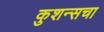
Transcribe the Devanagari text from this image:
कुशन्सचा